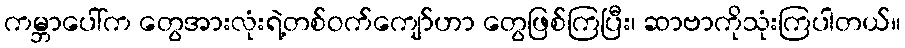
ကမ္ဘာပေါ်က တွေအားလုံးရဲ့တစ်ဝက်ကျော်ဟာ တွေဖြစ်ကြပြီး၊ ဆာဗာကိုသုံးကြပါတယ်။